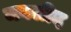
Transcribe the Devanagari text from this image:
मवलीद